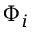
\Phi _ { i }